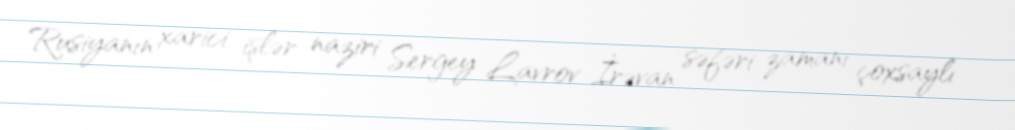
Rusiyanın xarici işlər naziri Sergey Lavrov İrəvan səfəri zamanı çoxsaylı